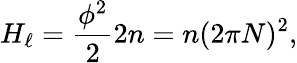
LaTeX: H_{\ell}=\frac{\phi^{2}}{2}2n=n(2\pi N)^{2},